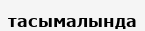
тасымалында